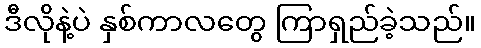
ဒီလိုနဲ့ပဲ နှစ်ကာလတွေ ကြာရှည်ခဲ့သည်။